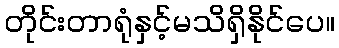
တိုင်းတာရုံနှင့်မသိရှိနိုင်ပေ။